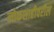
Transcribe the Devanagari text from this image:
लोकशाहीवरील